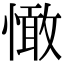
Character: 㦑